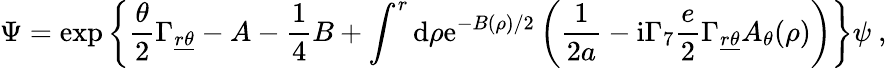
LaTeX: \Psi=\exp\left\{ \frac{\theta}{2}\Gamma_{\underline{{{r}}}\underline{{{\theta}}}}-A-{\frac{1}{4}}B+\int^{r}\mathrm{d}\rho\mathrm{e}^{-B(\rho)/2}\left({\frac{1}{2a}}-\mathrm{i}\Gamma_{7}{\frac{e}{2}}\Gamma_{\underline{{{r}}}\underline{{{\theta}}}}A_{\theta}(\rho)\right)\right\} \psi~,